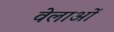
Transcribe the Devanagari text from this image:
वेलाओं